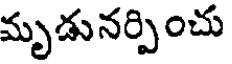
మృడునర్పించు